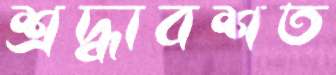
শ্রদ্ধাবশত